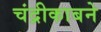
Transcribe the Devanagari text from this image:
चंद्रीकाबने